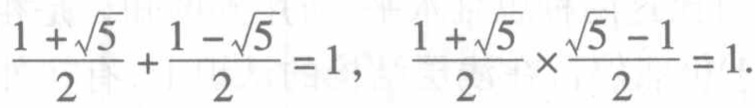
\(\frac{1 + \sqrt{5}}{2} + \frac{1 - \sqrt{5}}{2} = 1,\ \frac{1 + \sqrt{5}}{2} \times \frac{\sqrt{5} - 1}{2} = 1.\)